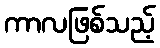
ကာလဖြစ်သည့်